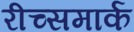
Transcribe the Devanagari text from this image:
रीच्समार्क